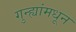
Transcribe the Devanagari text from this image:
गुन्ह्यांमधून